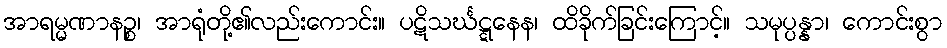
အာရမ္မဏာနဉ္စ၊ အာရုံတို့၏လည်းကောင်း။ ပဋိသင်္ဃဋ္ဋနေန၊ ထိခိုက်ခြင်းကြောင့်။ သမုပ္ပန္နာ၊ ကောင်းစွာ